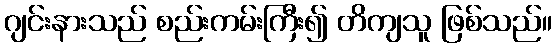
ဂျင်းနားသည် စည်းကမ်းကြီး၍ တိကျသူ ဖြစ်သည်။